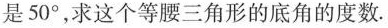
是50°，求这个等腰三角形的底角的度数。